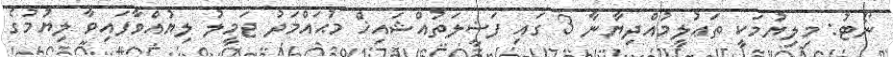
ނޯޓު: މިލިޔުމަކީ ތަޢުލީމުއްދިޔާނާ 3 ގައި ފަޟީލަތުއްޝައިޚް މުޙައްމަދު ޖަމީލު ލިޔުއްވާފައިވާ ލިޔުމުގެ